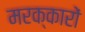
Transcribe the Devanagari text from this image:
मरक्कारों